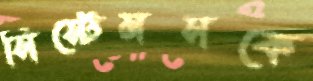
সিস্টেমসকে